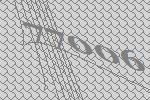
77006